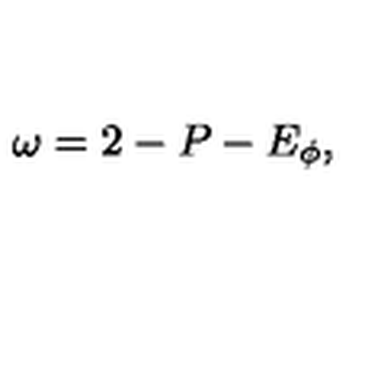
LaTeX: \omega = 2 - P - E _ { \phi } ,